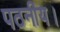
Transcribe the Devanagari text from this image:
पठनीय।